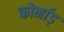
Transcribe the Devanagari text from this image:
कोर्नाड़